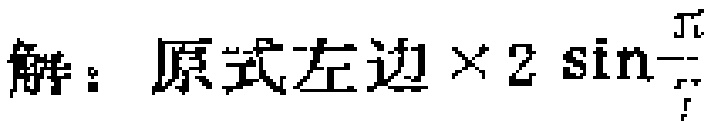
解：原式左边$\times 2\sin\frac{\pi}{r}$